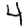
Digit: 4